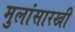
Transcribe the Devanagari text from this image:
मुलांसारखी